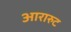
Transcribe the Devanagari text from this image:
आरारुट